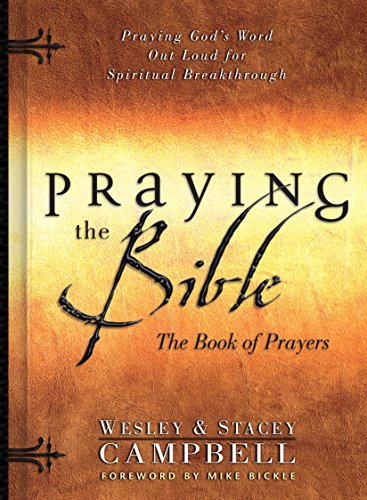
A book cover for Praying the Bible: The Book of Prayers; Wesley Campbell; Christian Books & Bibles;